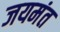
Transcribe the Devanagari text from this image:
जयमंत